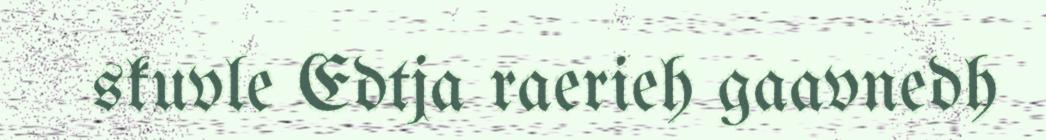
skuvle Edtja raerieh gaavnedh